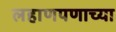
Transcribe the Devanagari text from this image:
लहाणपणाच्या